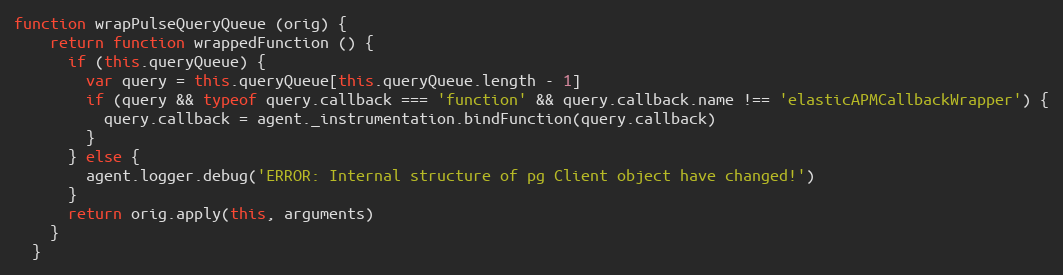
Language: JavaScript
function wrapPulseQueryQueue (orig) {
    return function wrappedFunction () {
      if (this.queryQueue) {
        var query = this.queryQueue[this.queryQueue.length - 1]
        if (query && typeof query.callback === 'function' && query.callback.name !== 'elasticAPMCallbackWrapper') {
          query.callback = agent._instrumentation.bindFunction(query.callback)
        }
      } else {
        agent.logger.debug('ERROR: Internal structure of pg Client object have changed!')
      }
      return orig.apply(this, arguments)
    }
  }